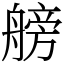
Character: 艕